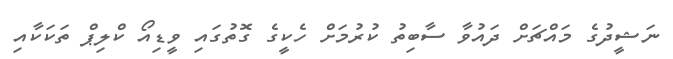
ނަޝީދުގެ މައްޗަށް ދައުވާ ސާބިތު ކުރުމަށް ހެކީގެ ގޮތުގައި ވީޑިއޯ ކްލިޕް ތަކަކާއި